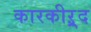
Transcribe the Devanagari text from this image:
कारकीऱ्र्द